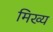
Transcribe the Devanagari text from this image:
मिख्य